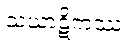
သံဃာဋိကဿ